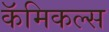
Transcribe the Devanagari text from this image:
कॅमिकल्स